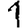
Digit: 1